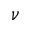
\nu